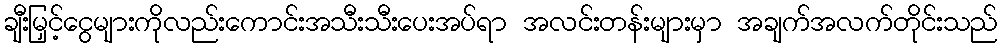
ချီးမြှင့်ငွေများကိုလည်းကောင်းအသီးသီးပေးအပ်ရာ အလင်းတန်းများမှာ အချက်အလက်တိုင်းသည်